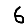
Digit: 6